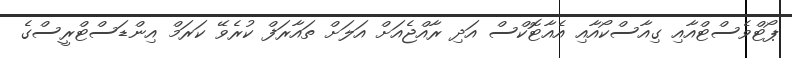
ޕޯޓްވެސްޓްއާއި ގިއާސްކޯއާއި އެއާޓޮކްސް އަދި ރާއްޖެއަށް އަލަށް ތައާރަފް ކުރެވޭ ކަރަމް އިންޑަސްޓްރީސްގެ